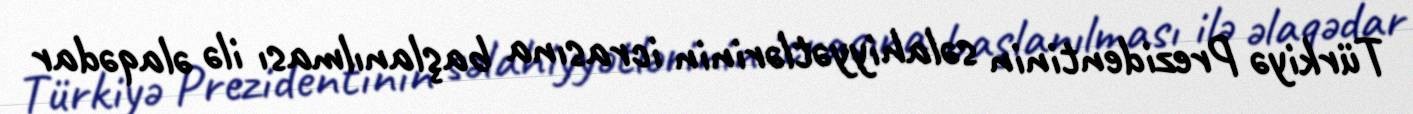
Türkiyə Prezidentinin səlahiyyətlərinin icrasına başlanılması ilə əlaqədar